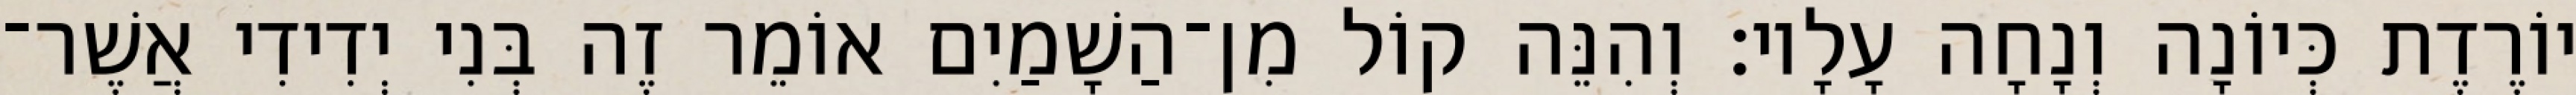
יוֹרֶדֶת כְּיוֹנָה וְנָחָה עָלָיו׃ וְהִנֵּה קוֹל מִן־הַשָׁמַיִם אוֹמֵר זֶה בְּנִי יְדִידִי אֲשֶׁר־